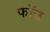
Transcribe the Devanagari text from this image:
फॉउ